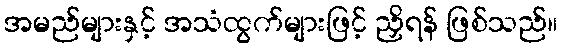
အမည်များနှင့် အသံထွက်များဖြင့် ညှိရန် ဖြစ်သည်။